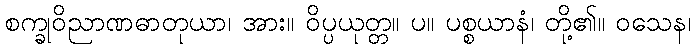
စက္ခုဝိညာဏဓာတုယာ၊ အား။ ဝိပ္ပယုတ္တ။ ပ။ ပစ္စယာနံ၊ တို့၏။ ဝသေန၊